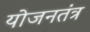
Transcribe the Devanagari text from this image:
योजनतंत्र